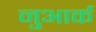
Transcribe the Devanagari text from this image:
नुआर्क